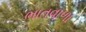
ભાતવાળા